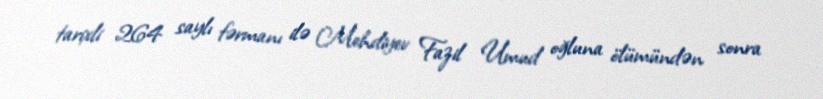
tarixli 264 saylı fərmanı ilə Mehdiyev Fazil Umud oğluna ölümündən sonra